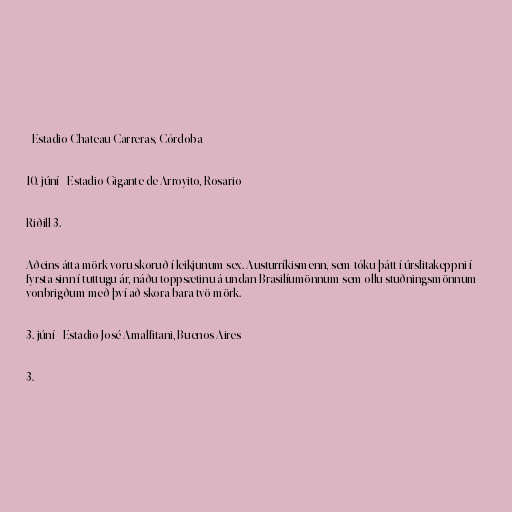
- Estadio Chateau Carreras, Córdoba

10. júní - Estadio Gigante de Arroyito, Rosario

Riðill 3.

Aðeins átta mörk voru skoruð í leikjunum sex. Austurríkismenn, sem tóku þátt í úrslitakeppni í
fyrsta sinn í tuttugu ár, náðu toppsætinu á undan Brasilíumönnum sem ollu stuðningsmönnum
vonbrigðum með því að skora bara tvö mörk.

3. júní - Estadio José Amalfitani, Buenos Aires

3.